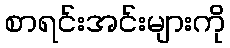
စာရင်းအင်းများကို